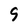
Character: 9